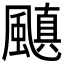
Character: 𮨰